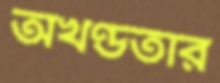
অখণ্ডতার